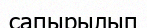
сапырылып